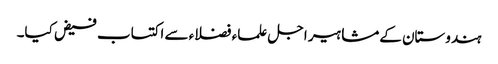
ہندوستان کےمشاہیر اجل علماء فضلاء سے اکتساب فیض کیا۔